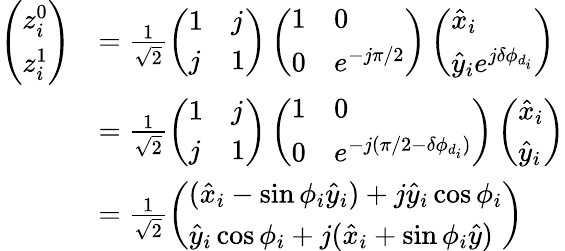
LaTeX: \begin{array}{rl}{\left(\begin{array}{l}{z_{i}^{0}}\\ {z_{i}^{1}}\end{array}\right)}&{=\frac{1}{\sqrt{2}}\left(\begin{array}{ll}{1}&{j}\\ {j}&{1}\end{array}\right)\left(\begin{array}{ll}{1}&{0}\\ {0}&{e^{-j\pi/2}}\end{array}\right)\left(\begin{array}{l}{\hat{x}_{i}}\\ {\hat{y}_{i}e^{j\delta\phi_{d_{i}}}}\end{array}\right)}\\ &{=\frac{1}{\sqrt{2}}\left(\begin{array}{ll}{1}&{j}\\ {j}&{1}\end{array}\right)\left(\begin{array}{ll}{1}&{0}\\ {0}&{e^{-j(\pi/2-\delta\phi_{d_{i}})}}\end{array}\right)\left(\begin{array}{l}{\hat{x}_{i}}\\ {\hat{y}_{i}}\end{array}\right)}\\ &{=\frac{1}{\sqrt{2}}\left(\begin{array}{l}{(\hat{x}_{i}-\sin\phi_{i}\hat{y}_{i})+j\hat{y}_{i}\cos\phi_{i}}\\ {\hat{y}_{i}\cos\phi_{i}+j(\hat{x}_{i}+\sin\phi_{i}\hat{y})}\end{array}\right)}\end{array}